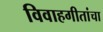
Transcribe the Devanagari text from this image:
विवाहगीतांचा